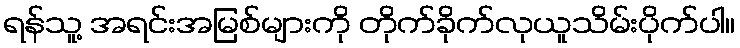
ရန်သူ့ အရင်းအမြစ်များကို တိုက်ခိုက်လုယူသိမ်းပိုက်ပါ။